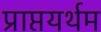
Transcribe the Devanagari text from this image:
प्राप्तयर्थम